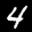
Label: 4